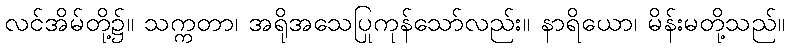
လင်အိမ်တို့၌။ သက္ကတာ၊ အရိုအသေပြုကုန်သော်လည်း။ နာရိယော၊ မိန်းမတို့သည်။